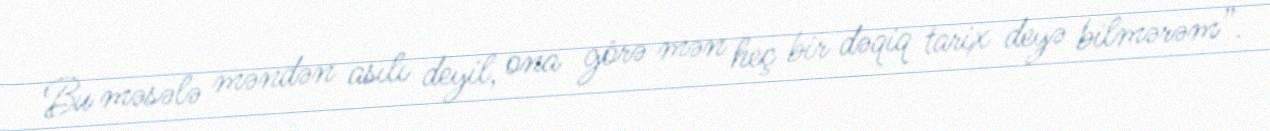
Bu məsələ məndən asılı deyil, ona görə mən heç bir dəqiq tarix deyə bilmərəm”.